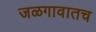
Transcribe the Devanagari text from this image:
जळगावातच